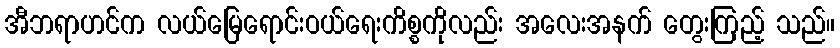
အီဘရာဟင်က လယ်မြေရောင်းဝယ်ရေးကိစ္စကိုလည်း အလေးအနက် တွေးကြည့် သည်။